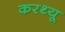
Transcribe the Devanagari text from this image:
करथ्यू